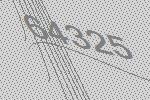
64325